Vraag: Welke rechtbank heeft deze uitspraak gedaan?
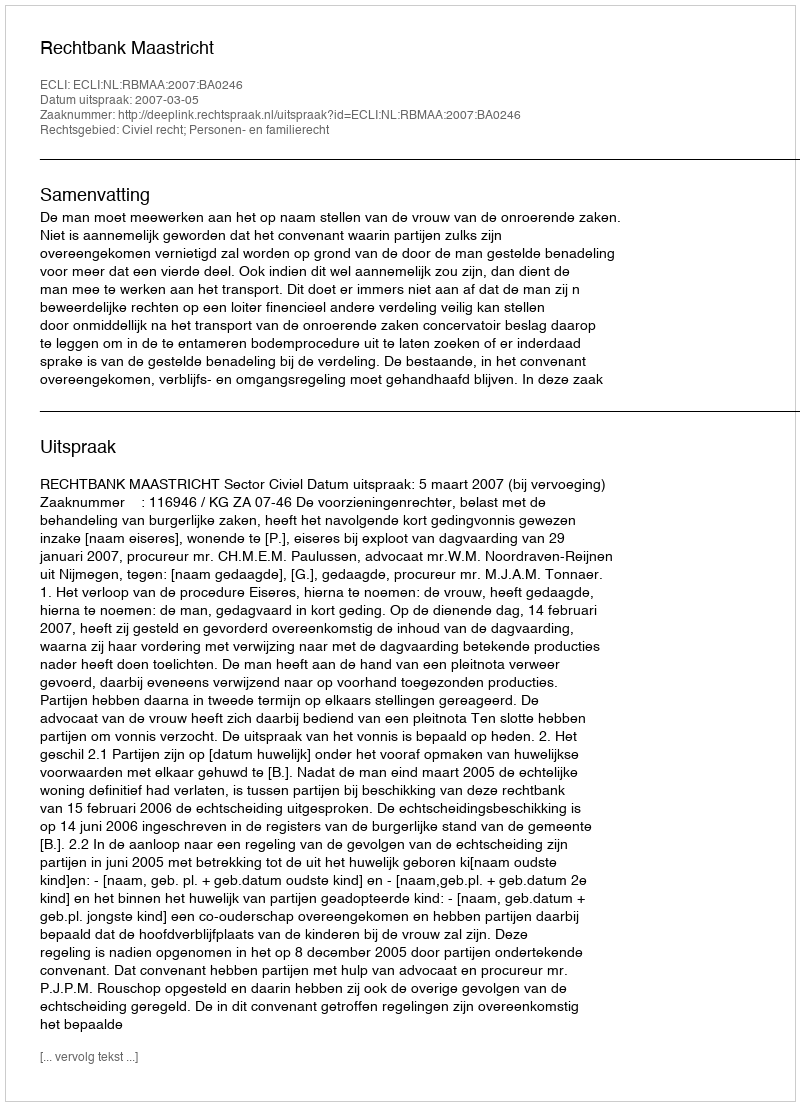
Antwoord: Rechtbank Maastricht